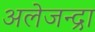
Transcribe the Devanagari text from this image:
अलेजन्द्रा